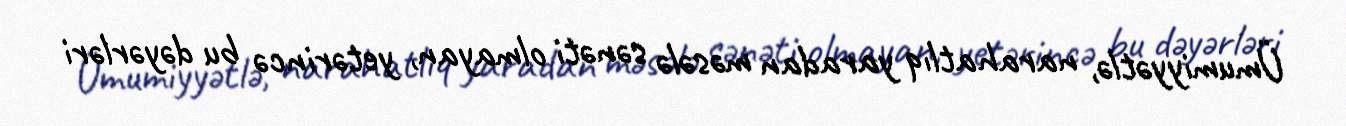
Ümumiyyətlə, narahatlıq yaradan məsələ sənəti olmayan, yetərincə bu dəyərləri